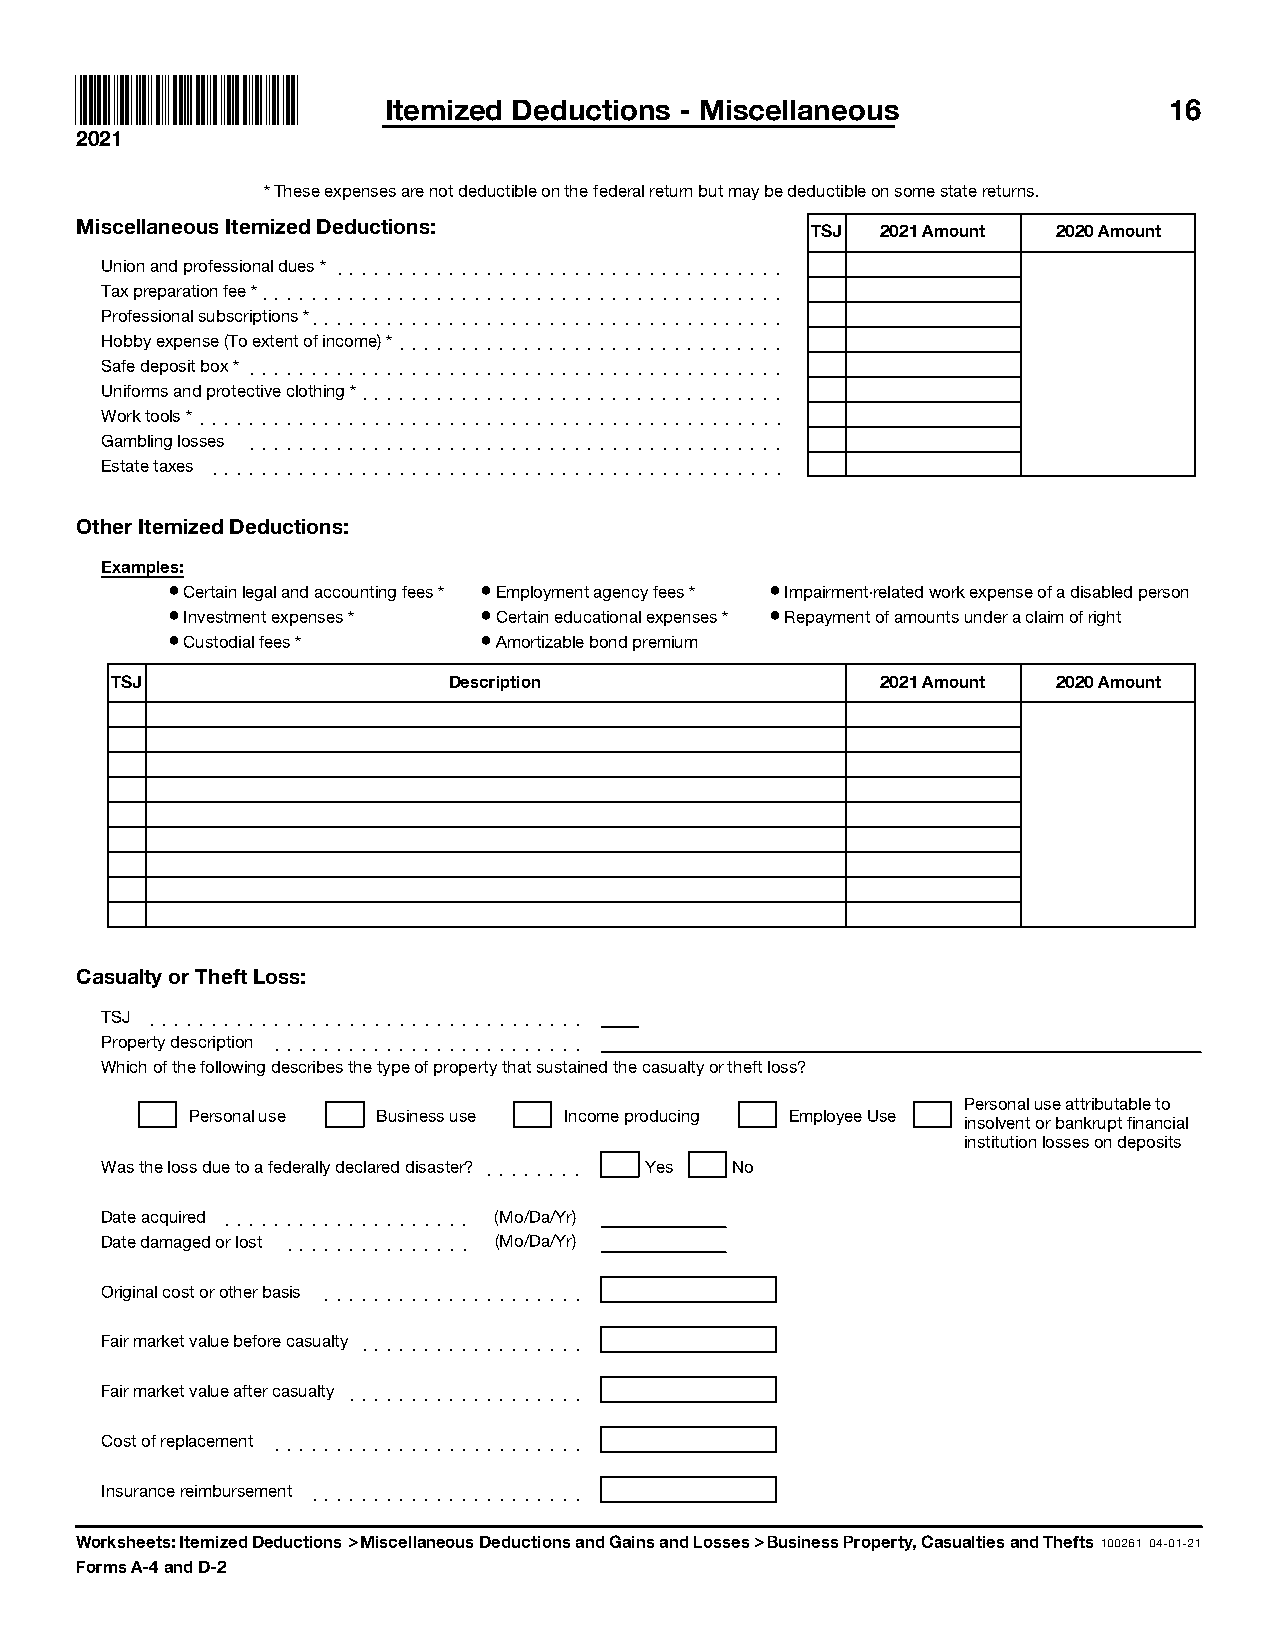
Itemized Deductions - Miscellaneous                 16
 2021
 *These expenses are not deductible on the federal return but may be deductible on some state returns.
 Miscellaneous Itemized Deductions:
 TSJ 2021 Amount 2020 Amount
 Union and professional dues * ]]]]]]]]]]]]]]]]]]]]]]]]]]]]]]]]]]]]
 Tax preparation fee * ]]]]]]]]]]]]]]]]]]]]]]]]]]]]]]]]]]]]]]]]]]
 Professional subscriptions *]]]]]]]]]]]]]]]]]]]]]]]]]]]]]]]]]]]]]]
 Hobby expense (To extent of income) * ]]]]]]]]]]]]]]]]]]]]]]]]]]]]]]]
 Safe deposit box * ]]]]]]]]]]]]]]]]]]]]]]]]]]]]]]]]]]]]]]]]]]]
 Uniforms and protective clothing * ]]]]]]]]]]]]]]]]]]]]]]]]]]]]]]]]]]
 Work tools * ]]]]]]]]]]]]]]]]]]]]]]]]]]]]]]]]]]]]]]]]]]]]]]]
 Gambling losses ]]]]]]]]]]]]]]]]]]]]]]]]]]]]]]]]]]]]]]]]]]]
 Estate taxes ]]]]]]]]]]]]]]]]]]]]]]]]]]]]]]]]]]]]]]]]]]]]]]
 Other Itemized Deductions:
 Examples:
 ¥Certain legal and accounting fees * ¥Employment agency fees * ¥Impairment-related work expense of a disabled person
 ¥Investment expenses * ¥Certain educational expenses * ¥Repayment of amounts under a claim of right
 ¥Custodial fees *    ¥Amortizable bond premium
 TSJ                    Description                 2021 Amount 2020 Amount
 Casualty or Theft Loss:
 TSJ ]]]]]]]]]]]]]]]]]]]]]]]]]]]]]]]]]]]
 Property description ]]]]]]]]]]]]]]]]]]]]]]]]]
 Which of the following describes the type of property that sustained the casualty or theft loss?
 Personal use attributable to
 Personal use Business use Income producing Employee Use
 insolvent or bankrupt financial
 institution losses on deposits
 Was the loss due to a federally declared disaster? ]]]]]]]] Yes No
 Date acquired ]]]]]]]]]]]]]]]]]]]] (Mo/Da/Yr)
 Date damaged or lost ]]]]]]]]]]]]]]] (Mo/Da/Yr)
 Original cost or other basis ]]]]]]]]]]]]]]]]]]]]]
 Fair market value before casualty ]]]]]]]]]]]]]]]]]]
 Fair market value after casualty ]]]]]]]]]]]]]]]]]]]
 Cost of replacement ]]]]]]]]]]]]]]]]]]]]]]]]]
 Insurance reimbursement ]]]]]]]]]]]]]]]]]]]]]]
 Worksheets: Itemized Deductions > Miscellaneous Deductions and Gains and Losses > Business Property, Casualties and Thefts100261 04-01-21
 Forms A-4 and D-2